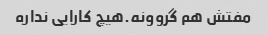
مفتش هم گروونه.هیچ کارایی نداره